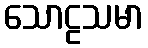
သောဠသမာ